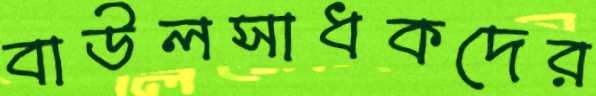
বাউলসাধকদের